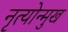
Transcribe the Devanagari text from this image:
नृत्योन्मुख